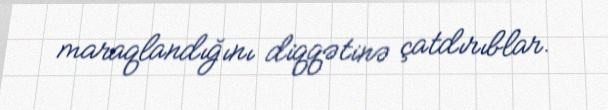
maraqlandığını diqqətinə çatdırıblar.